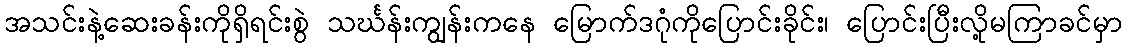
အသင်းနဲ့ဆေးခန်းကိုရှိရင်းစွဲ သင်္ဃန်းကျွန်းကနေ မြောက်ဒဂုံကိုပြောင်းခိုင်း၊ ပြောင်းပြီးလို့မကြာခင်မှာ